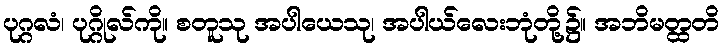
ပုဂ္ဂလံ၊ ပုဂ္ဂိုလ်ကို။ စတူသု အပါယေသု၊ အပါယ်လေးဘုံတို့၌။ အဘိမတ္ထတိ